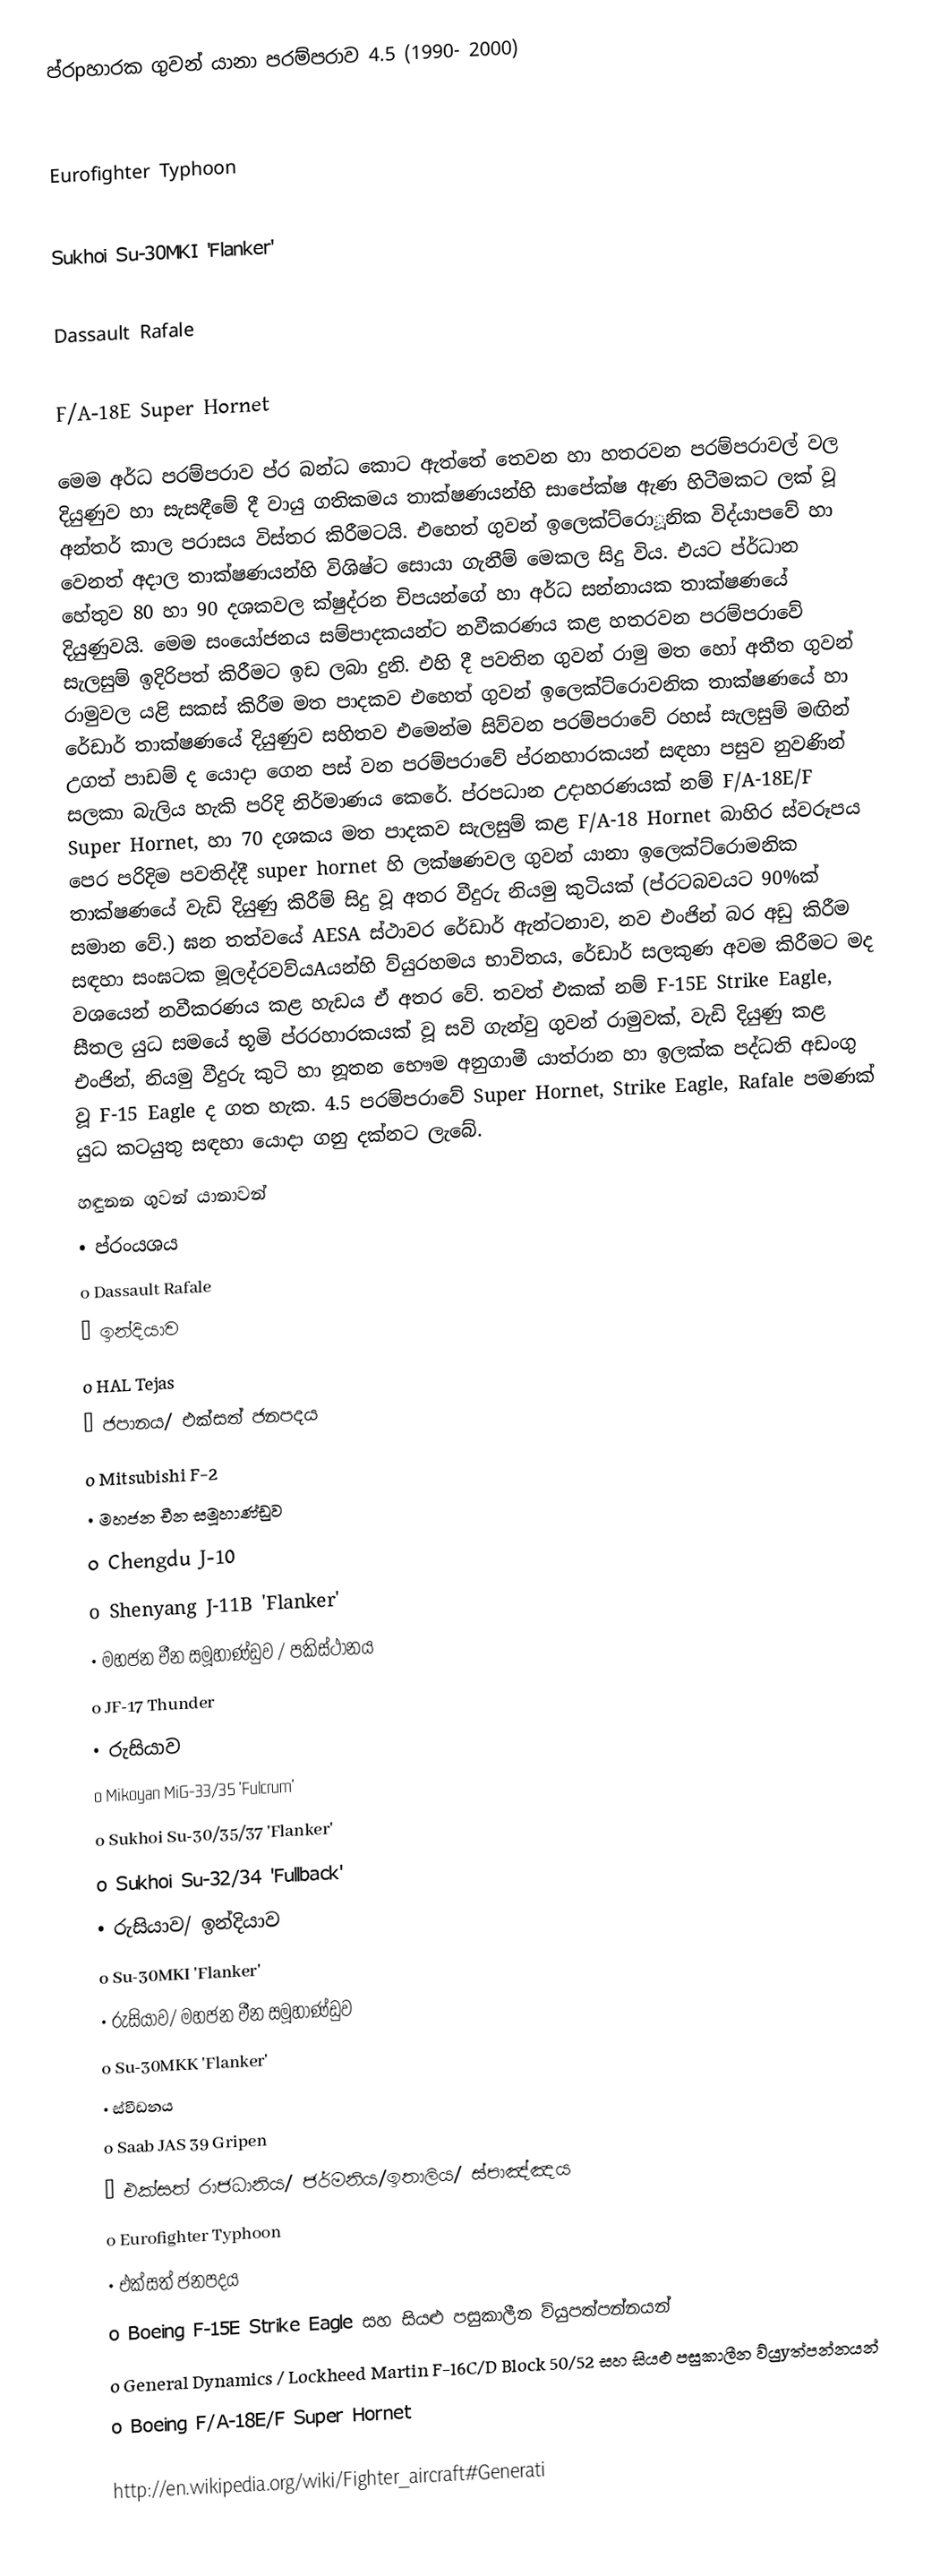
ප්රpහාරක ගුවන් යානා පරම්පරාව 4.5 (1990- 2000)

Eurofighter Typhoon

Sukhoi Su-30MKI 'Flanker'

Dassault Rafale

F/A-18E Super Hornet

මෙම අර්ධ පරම්පරාව ප්ර බන්ධ කොට ඇත්තේ තෙවන හා හතරවන පරම්පරාවල් වල දියුණුව හා සැසඳීමේ දී වායු ගතිකමය තාක්ෂණයන්හි සාපේක්ෂ ඇණ හිටීමකට ලක් වූ අන්තර් කාල පරාසය විස්තර කිරීමටයි. එහෙත් ගුවන් ඉලෙක්ට්රොූනික විද්යාපවේ හා වෙනත් අදාල තාක්ෂණයන්හි විශිෂ්ට සොයා ගැනීම් මෙකල සිදු විය. එයට ප්ර්ධාන හේතුව 80 හා 90 දශකවල ක්ෂුද්රන චිපයන්ගේ හා අර්ධ සන්නායක තාක්ෂණයේ දියුණුවයි. මෙම සංයෝජනය සම්පාදකයන්ට නවීකරණය කළ හතරවන පරම්පරාවේ සැලසුම් ඉදිරිපත් කිරීමට ඉඩ ලබා දුනි. එහි දී පවතින ගුවන් රාමු මත හෝ අතීත ගුවන් රාමුවල යළි සකස් කිරීම මත පාදකව එහෙත් ගුවන් ඉලෙක්ට්රොවනික තාක්ෂණයේ හා රේඩාර් තාක්ෂණයේ දියුණුව සහිතව එමෙන්ම සිව්වන පරම්පරාවේ රහස් සැලසුම් මඟින් උගත් පාඩම් ද යොදා ගෙන පස් වන පරම්පරාවේ ප්රනහාරකයන් සඳහා පසුව නුවණින් සලකා බැලිය හැකි පරිදි නිර්මාණය කෙරේ. ප්රපධාන උදාහරණයක් නම් F/A-18E/F Super Hornet, හා 70 දශකය මත පාදකව සැලසුම් කළ F/A-18 Hornet බාහිර ස්වරූපය පෙර පරිදිම පවතිද්දී super hornet හි ලක්ෂණවල ගුවන් යානා ඉලෙක්ට්රොමනික තාක්ෂණයේ වැඩි දියුණු කිරීම් සිදු වූ අතර වීදුරු නියමු කුටියක් (ප්රටබවයට 90%ක් සමාන වේ.) ඝන තත්වයේ AESA ස්ථාවර රේඩාර් ඇන්ටනාව, නව එංජින් බර අඩු කිරීම සඳහා සංඝටක මූලද්රවව්යAයන්හි ව්යුරහමය භාවිතය, රේඩාර් සලකුණ අවම කිරීමට මද වශයෙන් නවීකරණය කළ හැඩය ඒ අතර වේ. තවත් එකක් නම් F-15E Strike Eagle, සීතල යුධ සමයේ භූමි ප්රරහාරකයක් වූ සවි ගැන්වු ගුවන් රාමුවක්, වැඩි දියුණු කළ එංජින්, නියමු වීදුරු කුටි හා නූතන භෞම අනුගාමී යාත්රාන හා ඉලක්ක පද්ධති අඩංගු වූ  F-15 Eagle ද ගත හැක. 4.5 පරම්පරාවේ Super Hornet, Strike Eagle, Rafale  පමණක් යුධ කටයුතු සඳහා යොදා ගනු දක්නට ලැබේ.
හඳුනන ගුවන් යානාවන්
•	 ප්රංයශය
o	Dassault Rafale
•	ඉන්දියාව
o	HAL Tejas
•	ජපානය/ එක්සත් ජනපදය
o	Mitsubishi F-2
•	 මහජන චීන සමූහාණ්ඩුව
o	Chengdu J-10
o	Shenyang J-11B 'Flanker'
•	 මහජන චීන සමූහාණ්ඩුව / පකිස්ථානය
o	JF-17 Thunder
•	 රුසියාව
o	Mikoyan MiG-33/35 'Fulcrum'
o	Sukhoi Su-30/35/37 'Flanker'
o	Sukhoi Su-32/34 'Fullback'
•	 රුසියාව/ ඉන්දියාව
o	Su-30MKI 'Flanker'
•	 රුසියාව/ මහජන චීන සමූහාණ්ඩුව
o	Su-30MKK 'Flanker'
•	 ස්වීඩනය
o	Saab JAS 39 Gripen
•	 එක්සත් රාජධානිය/ ජර්මනිය/ඉතාලිය/ ස්පාඤ්ඤය
o	Eurofighter Typhoon
•	 එක්සත් ජනපදය
o	Boeing F-15E Strike Eagle සහ සියළු පසුකාලීන ව්යුපත්පන්නයන්
o	General Dynamics / Lockheed Martin F-16C/D Block 50/52 සහ සියළු පසුකාලීන ව්යුyත්පන්නයන්
o	Boeing F/A-18E/F Super Hornet

http://en.wikipedia.org/wiki/Fighter_aircraft#Generati